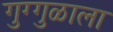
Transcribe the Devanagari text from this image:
गुग्गुळाला